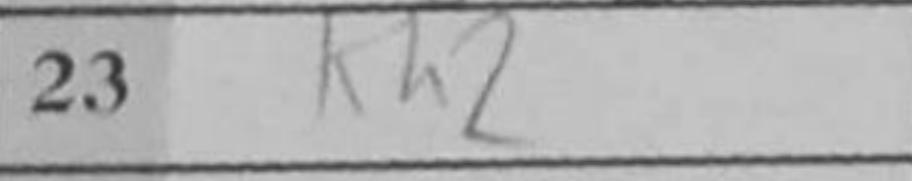
Transcription: Kh2